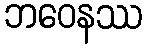
ဘဝေနဿ